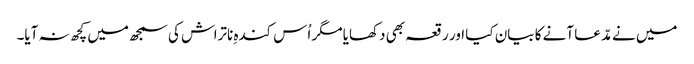
میں نے مدّعا آنے کا بیان کیا اور رقعہ بھی دکھایا مگر اُس کندہِ ناتراش کی سمجھ میں کچھ نہ آیا۔